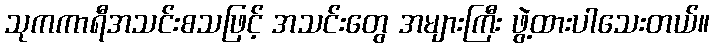
သုကကာရီအသင်းစသဖြင့် အသင်းတွေ အများကြီး ဖွဲ့ထားပါသေးတယ်။